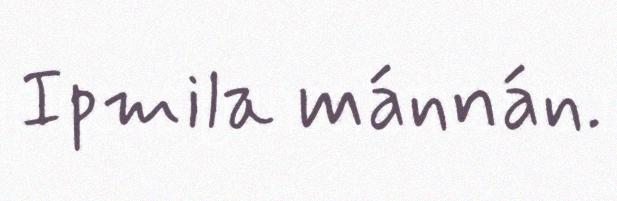
Ipmila mánnán.